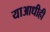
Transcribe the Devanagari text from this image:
याआधीही